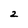
Character: 2